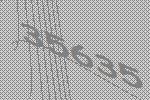
35635